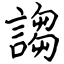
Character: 謅